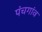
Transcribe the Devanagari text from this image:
पंचगांव